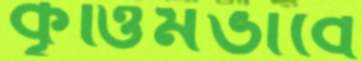
কৃত্তিমভাবে